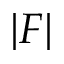
| F |